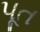
પૂત